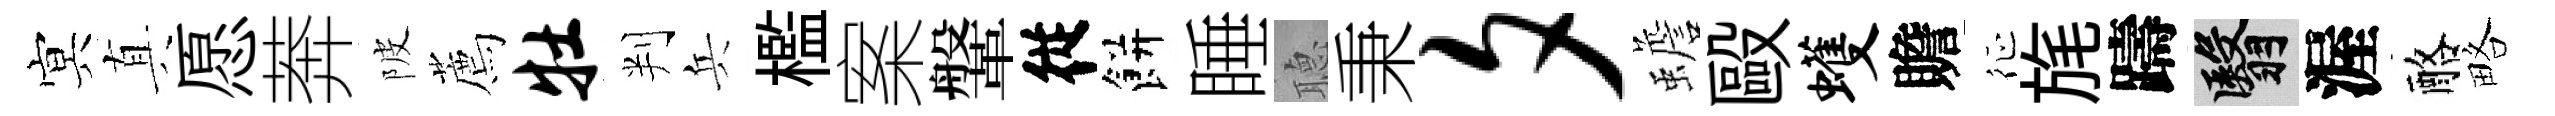
㝠真愿莾陂薦牡判兵檻案鞶従餅睡𦗟秉夕蟾毆蠖贍征旄躊翳渥酪略